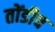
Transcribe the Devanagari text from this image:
तोंडीच